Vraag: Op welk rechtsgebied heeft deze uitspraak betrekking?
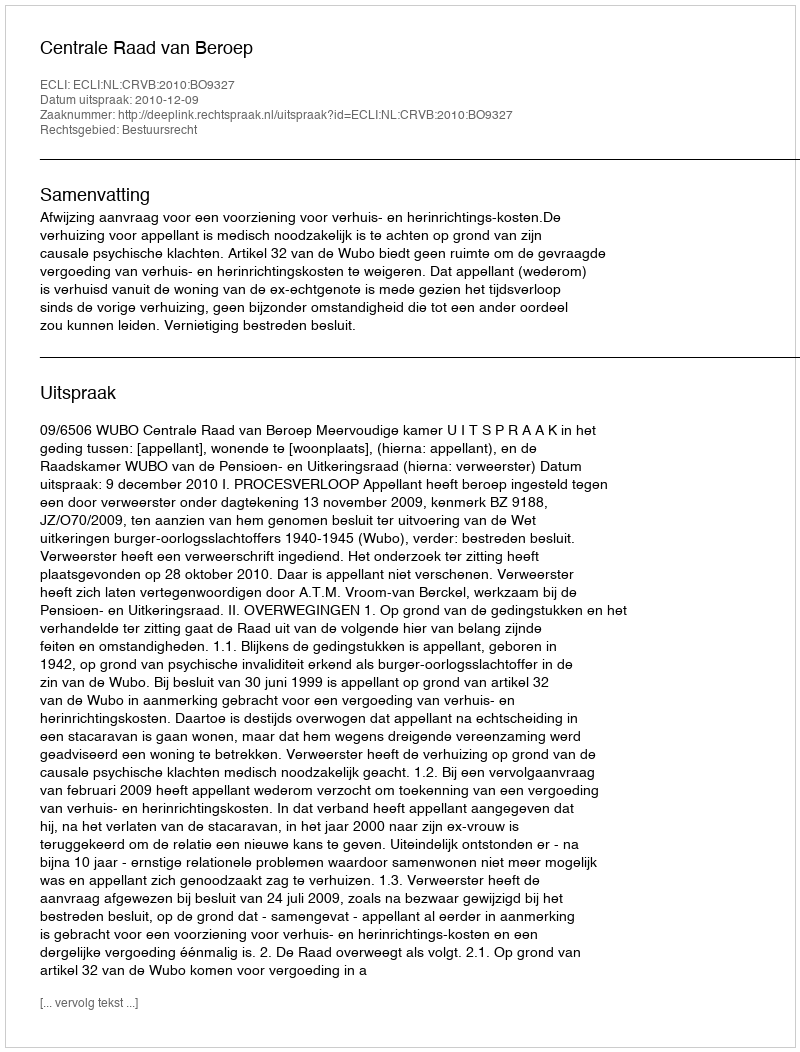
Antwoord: Bestuursrecht